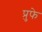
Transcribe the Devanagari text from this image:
प्रुफे